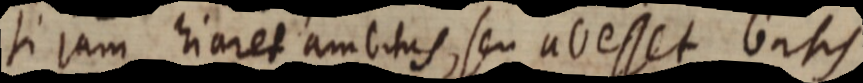
si jam hiaret ambitus, seu ab esset basis